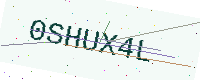
Text: 0SHUX4L